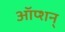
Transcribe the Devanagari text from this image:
ऑप्शन्